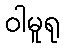
ဝါမူရု